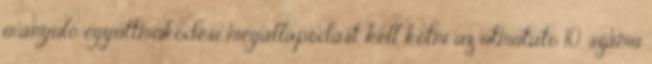
irányuló együttműködési megállapodást kell kötni az útmutató 10. számú